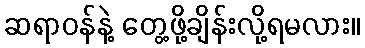
ဆရာဝန်နဲ့ တွေ့ဖို့ချိန်းလို့ရမလား။